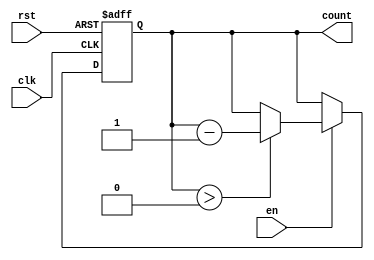
module MemoryBlocksDownCounter (
    input wire clk,        // Clock signal
    input wire rst,        // Asynchronous reset signal
    input wire en,         // Enable signal
    output reg [N-1:0] count // Current count value (N-bit wide)
);
    parameter N = 8;  // Define the width of the counter (8 bits)
    parameter MAX_COUNT = 8'hFF; // Define the maximum count value (255)

    // Initial count value
    initial begin
        count = MAX_COUNT; // Set initial count to maximum value
    end

    // Always block to handle counting operation
    always @(posedge clk or posedge rst) begin
        if (rst) begin
            count <= MAX_COUNT; // Reset to maximum value
        end else if (en) begin
            if (count > 0) begin
                count <= count - 1; // Decrement count
            end
        end
        // If enable is low, the count value remains unchanged
    end
endmodule